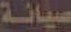
صيانة